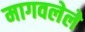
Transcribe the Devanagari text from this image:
मागवलेले